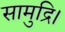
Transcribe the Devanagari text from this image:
सामुद्रि।